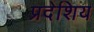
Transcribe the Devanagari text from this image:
प्रदेशिय